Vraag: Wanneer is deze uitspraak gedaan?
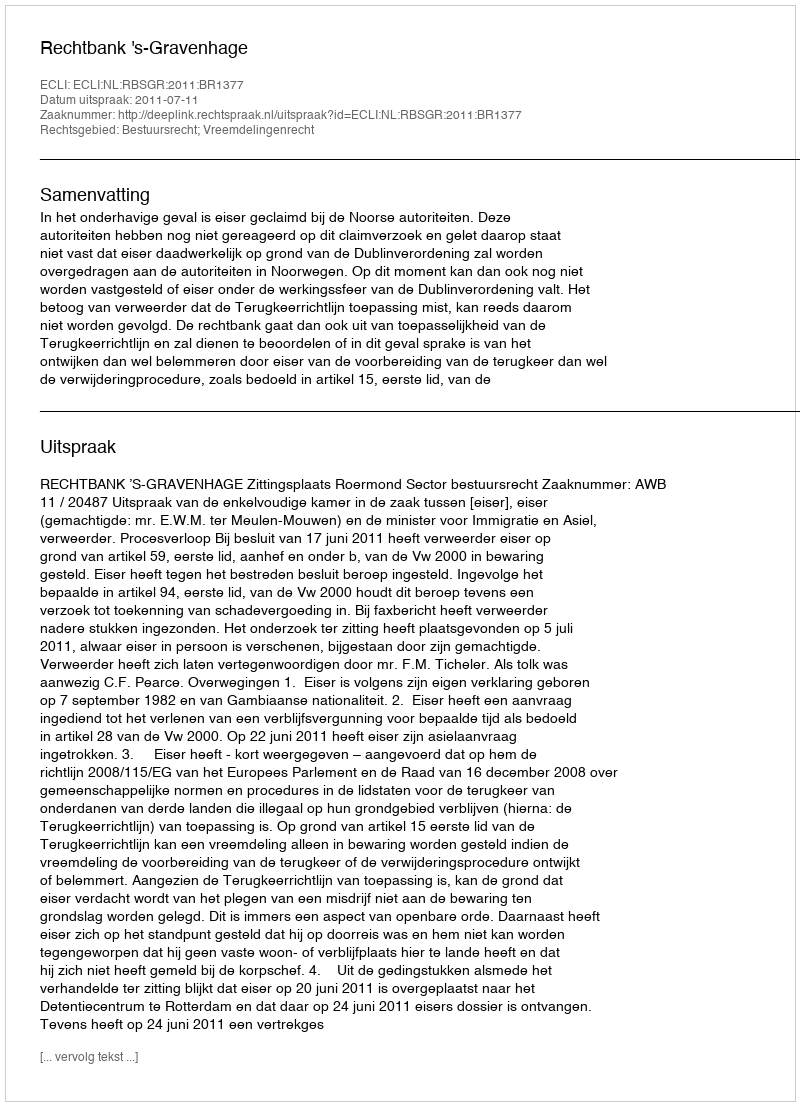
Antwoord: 2011-07-11